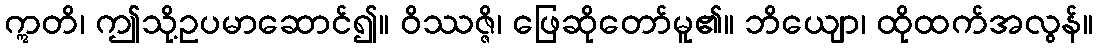
ဣတိ၊ ဤသို့ဥပမာဆောင်၍။ ဝိဿဇ္ဇိ၊ ဖြေဆိုတော်မူ၏။ ဘိယျော၊ ထိုထက်အလွန်။